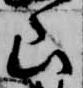
山